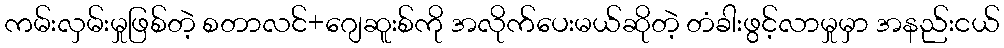
ကမ်းလှမ်းမှုဖြစ်တဲ့ စတာလင်+ဂျေဆူးစ်ကို အလိုက်ပေးမယ်ဆိုတဲ့ တံခါးဖွင့်လာမှုမှာ အနည်းငယ်